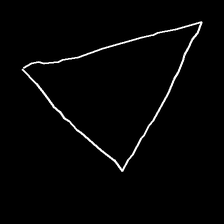
Glyph: convergence